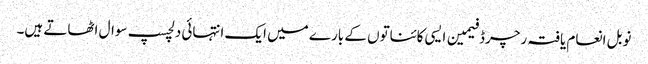
نوبل انعام یافتہ رچرڈ فیمین ایسی کائناتوں کے بارے میں ایک انتہائی دلچسپ سوال اٹھاتے ہیں۔